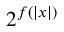
2 ^ { f ( | x | ) }